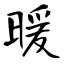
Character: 暖